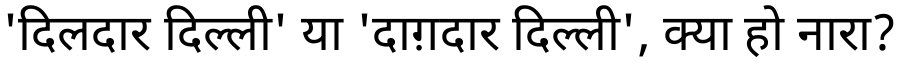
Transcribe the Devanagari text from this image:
'दिलदार दिल्ली' या 'दाग़दार दिल्ली', क्या हो नारा?